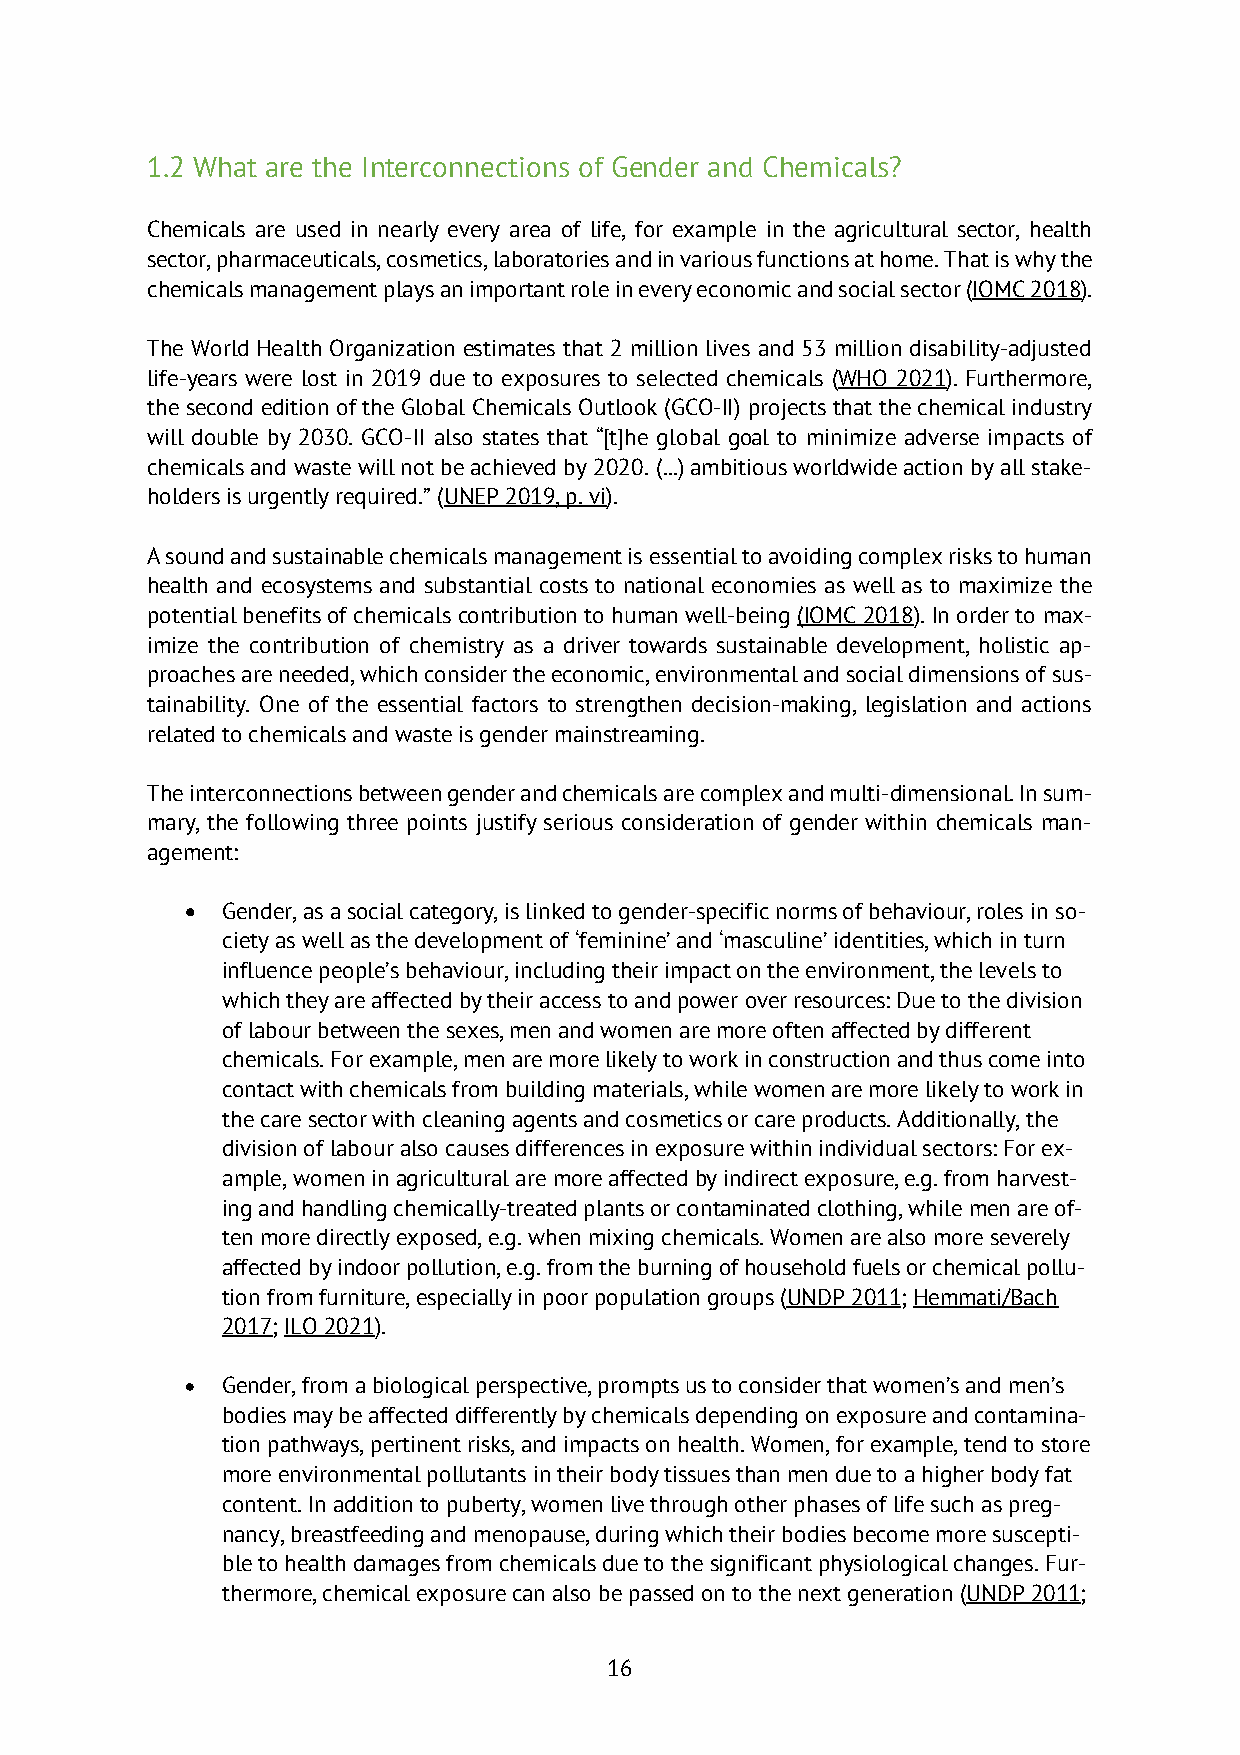
1.2 What are the Interconnections of Gender and Chemicals?
 Chemicals are used in nearly every area of life, for example in the agricultural sector, health
 sector, pharmaceuticals, cosmetics, laboratories and in various functions at home. That is why the
 chemicals management plays an important role in every economic and social sector (IOMC 2018).
 The World Health Organization estimates that 2 million lives and 53 million disability-adjusted
 life-years were lost in 2019 due to exposures to selected chemicals (WHO 2021). Furthermore,
 the second edition of the Global Chemicals Outlook (GCO-II) projects that the chemical industry
 will double by 2030. GCO-II also states that “[t]he global goal to minimize adverse impacts of
 chemicals and waste will not be achieved by 2020. (...) ambitious worldwide action by all stake-
 holders is urgently required.” (UNEP 2019, p. vi).
 A sound and sustainable chemicals management is essential to avoiding complex risks to human
 health and ecosystems and substantial costs to national economies as well as to maximize the
 potential benefits of chemicals contribution to human well-being (IOMC 2018). In order to max-
 imize the contribution of chemistry as a driver towards sustainable development, holistic ap-
 proaches are needed, which consider the economic, environmental and social dimensions of sus-
 tainability. One of the essential factors to strengthen decision-making, legislation and actions
 related to chemicals and waste is gender mainstreaming.
 The interconnections between gender and chemicals are complex and multi-dimensional. In sum-
 mary, the following three points justify serious consideration of gender within chemicals man-
 agement:
 •  Gender, as a social category, is linked to gender-specific norms of behaviour, roles in so-
 ciety as well as the development of ‘feminine’ and ‘masculine’ identities, which in turn
 influence people’s behaviour, including their impact on the environment, the levels to
 which they are affected by their access to and power over resources: Due to the division
 of labour between the sexes, men and women are more often affected by different
 chemicals. For example, men are more likely to work in construction and thus come into
 contact with chemicals from building materials, while women are more likely to work in
 the care sector with cleaning agents and cosmetics or care products. Additionally, the
 division of labour also causes differences in exposure within individual sectors: For ex-
 ample, women in agricultural are more affected by indirect exposure, e.g. from harvest-
 ing and handling chemically-treated plants or contaminated clothing, while men are of-
 ten more directly exposed, e.g. when mixing chemicals. Women are also more severely
 affected by indoor pollution, e.g. from the burning of household fuels or chemical pollu-
 tion from furniture, especially in poor population groups (UNDP 2011; Hemmati/Bach
 2017; ILO 2021).
 •  Gender, from a biological perspective, prompts us to consider that women’s and men’s
 bodies may be affected differently by chemicals depending on exposure and contamina-
 tion pathways, pertinent risks, and impacts on health. Women, for example, tend to store
 more environmental pollutants in their body tissues than men due to a higher body fat
 content. In addition to puberty, women live through other phases of life such as preg-
 nancy, breastfeeding and menopause, during which their bodies become more suscepti-
 ble to health damages from chemicals due to the significant physiological changes. Fur-
 thermore, chemical exposure can also be passed on to the next generation (UNDP 2011;
 16